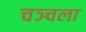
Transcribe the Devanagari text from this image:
चञ्चला